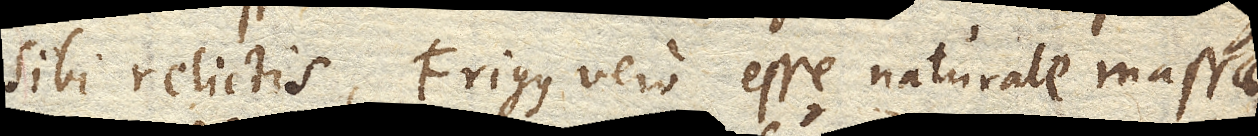
sibi relictis, Frigus vero esse naturale massae